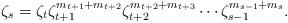
LaTeX: \begin{align*}\zeta_s=\zeta_t\zeta_{t+1}^{m_{t+1}+m_{t+2}} \zeta_{t+2}^{m_{t+2} + m_{t+3}}\cdots\zeta_{s-1}^{m_{s-1}+m_s}.\end{align*}